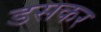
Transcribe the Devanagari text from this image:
डसकर